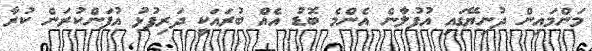
މަންމައިން ދުނިޔޭގައި އުފުލާނެ އެންމެ ބޮޑު އެއް ބުރައަކީ ދަރިފުޅު އުފަންކުރަން ކުރާ